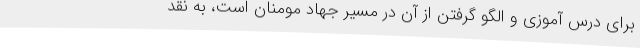
برای درس آموزی و الگو گرفتن از آن در مسیر جهاد مومنان است، به نقد